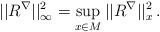
LaTeX: \begin{align*}||R^{\nabla}||^2_\infty = \sup_{x \in M}||R^{\nabla}||^2_x \, .\end{align*}